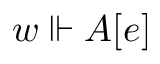
w \Vdash A [ e ]